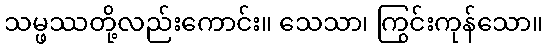
သမ္ဖဿတို့လည်းကောင်း။ သေသာ၊ ကြွင်းကုန်သော။